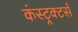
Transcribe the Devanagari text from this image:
कंस्ट्रक्टर्स